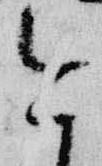
今